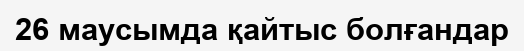
26 маусымда қайтыс болғандар